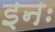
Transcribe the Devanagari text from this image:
इनः